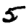
Digit: 5